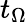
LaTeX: t_{\Omega}